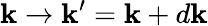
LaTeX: \mathbf{k}\rightarrow\mathbf{k}^{\prime}=\mathbf{k}+d\mathbf{k}